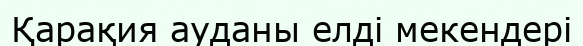
Қарақия ауданы елді мекендері